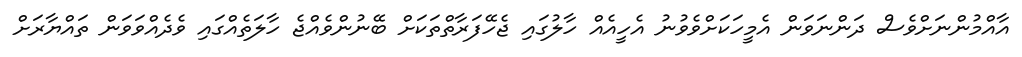
އާއްމުންނަށްވެސް ދަންނަވަން އެމީހަކަށްވެވުނު އެހީއެއް ހާލުގައި ޖެހޭފަރާތްތަކަށް ބޭނުންވެއްޖެ ހާލަތެއްގައި ވެދެއްވަވަން ތައްޔާރަށް